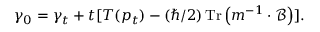
\gamma _ { 0 } = \gamma _ { t } + t [ T ( p _ { t } ) - ( \hbar / 2 ) \operatorname { T r } \left( m ^ { - 1 } \cdot \mathcal { B } \right) ] .